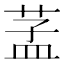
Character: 䓝